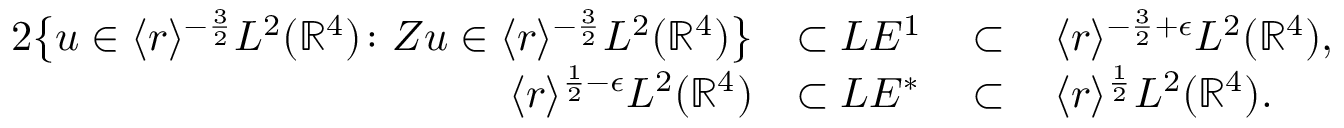
\begin{array} { r l r l } { { 2 } \bigl \{ u \in \langle r \rangle ^ { - \frac 3 2 } L ^ { 2 } ( \mathbb { R } ^ { 4 } ) \colon Z u \in \langle r \rangle ^ { - \frac 3 2 } L ^ { 2 } ( \mathbb { R } ^ { 4 } ) \bigr \} } & { \subset L E ^ { 1 } } & { \, \subset \, } & { \langle r \rangle ^ { - \frac 3 2 + \epsilon } L ^ { 2 } ( \mathbb { R } ^ { 4 } ) , } \\ { \langle r \rangle ^ { \frac 1 2 - \epsilon } L ^ { 2 } ( \mathbb { R } ^ { 4 } ) } & { \subset L E ^ { * } } & { \, \subset \, } & { \langle r \rangle ^ { \frac 1 2 } L ^ { 2 } ( \mathbb { R } ^ { 4 } ) . } \end{array}